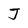
Character: J